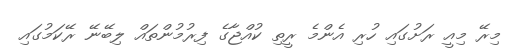
މިރޭ މިއީ ރަށުގައި ހުރި އެންމެ ރީތި ކުއްޖާގެ ފިރުމުންތައް ލިބޭނޭ ރޭކަމުގައި